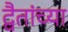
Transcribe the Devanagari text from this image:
द्वैतांच्या